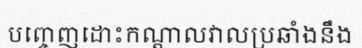
បញ្ចេញដោះកណ្តាលវាលប្រឆាំងនឹង